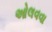
ઓલવવા